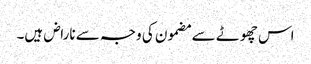
اس چھوٹے سے مضمون کی وجہ سے ناراض ہیں۔